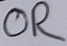
Text: OR